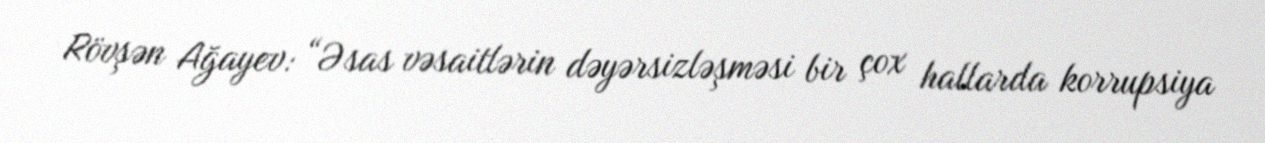
Rövşən Ağayev: “Əsas vəsaitlərin dəyərsizləşməsi bir çox hallarda korrupsiya